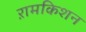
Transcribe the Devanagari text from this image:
ऱामकिशन